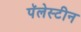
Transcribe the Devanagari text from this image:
पॅलेस्टीन